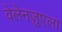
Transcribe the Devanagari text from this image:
वेलेनज़ुएला